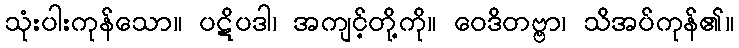
သုံးပါးကုန်သော။ ပဋိပဒါ၊ အကျင့်တို့ကို။ ဝေဒိတဗ္ဗာ၊ သိအပ်ကုန်၏။